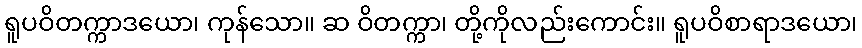
ရူပဝိတက္ကာဒယော၊ ကုန်သော။ ဆ ဝိတက္ကာ၊ တို့ကိုလည်းကောင်း။ ရူပဝိစာရာဒယော၊